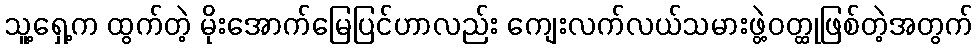
သူ့ရှေ့က ထွက်တဲ့ မိုးအောက်မြေပြင်ဟာလည်း ကျေးလက်လယ်သမားဖွဲ့ဝတ္ထုဖြစ်တဲ့အတွက်